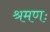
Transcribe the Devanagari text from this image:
श्रमणः